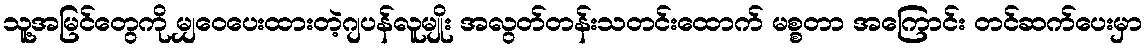
သူ့အမြင်တွေကို မျှဝေပေးထားတဲ့ဂျပန်လူမျိုး အလွတ်တန်းသတင်းထောက် မစ္စတာ အကြောင်း တင်ဆက်ပေးမှာ